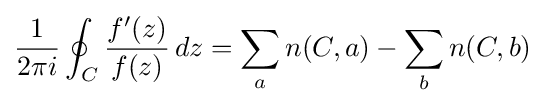
{\frac {1}{2\pi i}}\oint _{C}{\frac {f'(z)}{f(z)}}\,dz=\sum _{a}n(C,a)-\sum _{b}n(C,b)